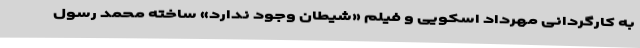
به کارگردانی مهرداد اسکویی و فیلم «شیطان وجود ندارد» ساخته محمد رسول